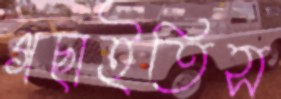
গছাইতিস